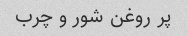
پر روغن شور و چرب